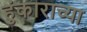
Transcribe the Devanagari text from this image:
हुंकाराच्या